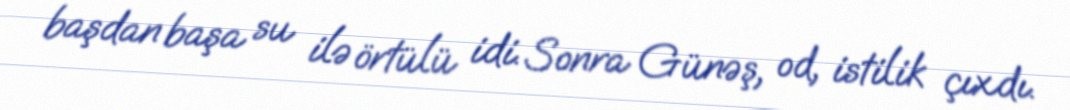
başdan başa su ilə örtülü idi. Sonra Günəş, od, istilik çıxdı.